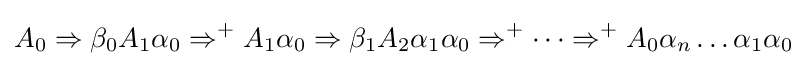
A_{0}\Rightarrow \beta _{0}A_{1}\alpha _{0}\Rightarrow ^{+}A_{1}\alpha _{0}\Rightarrow \beta _{1}A_{2}\alpha _{1}\alpha _{0}\Rightarrow ^{+}\cdots \Rightarrow ^{+}A_{0}\alpha _{n}\dots \alpha _{1}\alpha _{0}